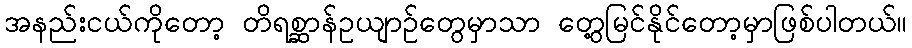
အနည်းငယ်ကိုတော့ တိရစ္ဆာန်ဥယျာဉ်တွေမှာသာ တွေ့မြင်နိုင်တော့မှာဖြစ်ပါတယ်။